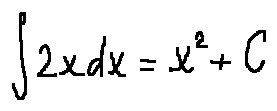
\int 2 x d x = x ^ { 2 } + C